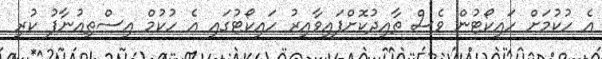
އެ ހުކުމަށް ހައިކޯޓުން ވެސް ތާއިދުކޮށްފައިވާއިރު ހައިކޯޓުގައި އެ ހުކުމް އިސްތިއުނާފު ކުރި